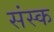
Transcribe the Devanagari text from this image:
संस्क